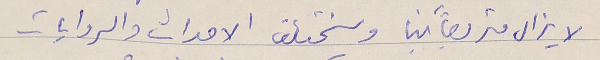
لا يزال متربصاً بنا ويختلق الاحداث والروايات